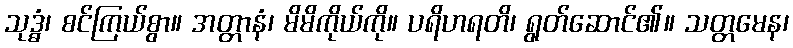
သုဒ္ဓံ၊ စင်ကြယ်စွာ။ အတ္တာနံ၊ မိမိကိုယ်ကို။ ပရိဟရတိ၊ ရွတ်ဆောင်၏။ သတ္တမေန၊